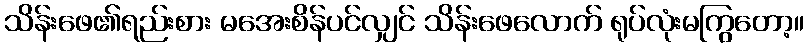
သိန်းဖေ၏ရည်းစား မအေးစိန်ပင်လျှင် သိန်းဖေလောက် ရုပ်လုံးမကြွတော့။